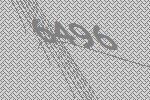
6496